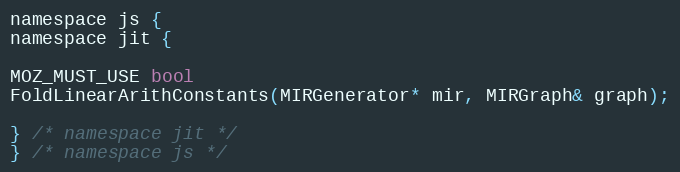
Language: C
namespace js {
namespace jit {

MOZ_MUST_USE bool
FoldLinearArithConstants(MIRGenerator* mir, MIRGraph& graph);

} /* namespace jit */
} /* namespace js */